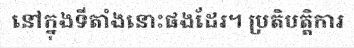
នៅក្នុងទីតាំងនោះផងដែរ។ ប្រតិបត្តិការ